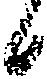
候